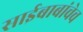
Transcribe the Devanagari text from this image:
साईबाबांचेच